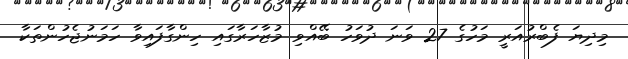
މިދިޔަ ފެބްރުއަރީ މަހުގެ 27 ވަނަ ދުވަހު ބޭއްވި މުޒާހަރާގައި ހިންގާފައިވާ ހަމަނުޖެހުންތަކާ